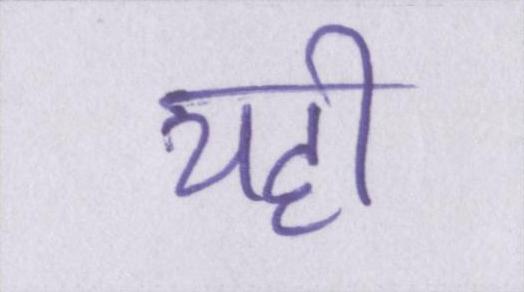
यही